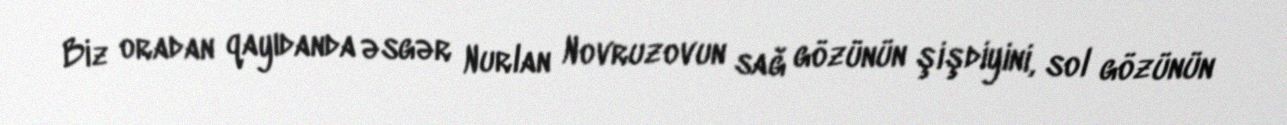
Biz oradan qayıdanda əsgər Nurlan Novruzovun sağ gözünün şişdiyini, sol gözünün